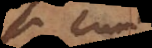
si cum